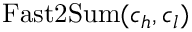
\mathrm { F a s t 2 S u m } ( c _ { h } , c _ { l } )